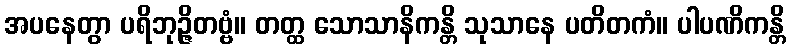
အပနေတွာ ပရိဘုဉ္ဇိတဗ္ဗံ။ တတ္ထ သောသာနိကန္တိ သုသာနေ ပတိတကံ။ ပါပဏိကန္တိ